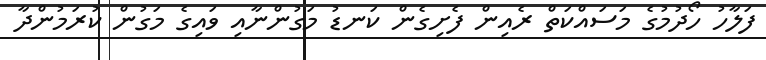
ފަލާހު ހޯދުމުގެ މަސައްކަތް ރެއިން ފެށިގެން ކަނޑު މަގުންނާއި ވައިގެ މަގުން ކުރަމުންދާ